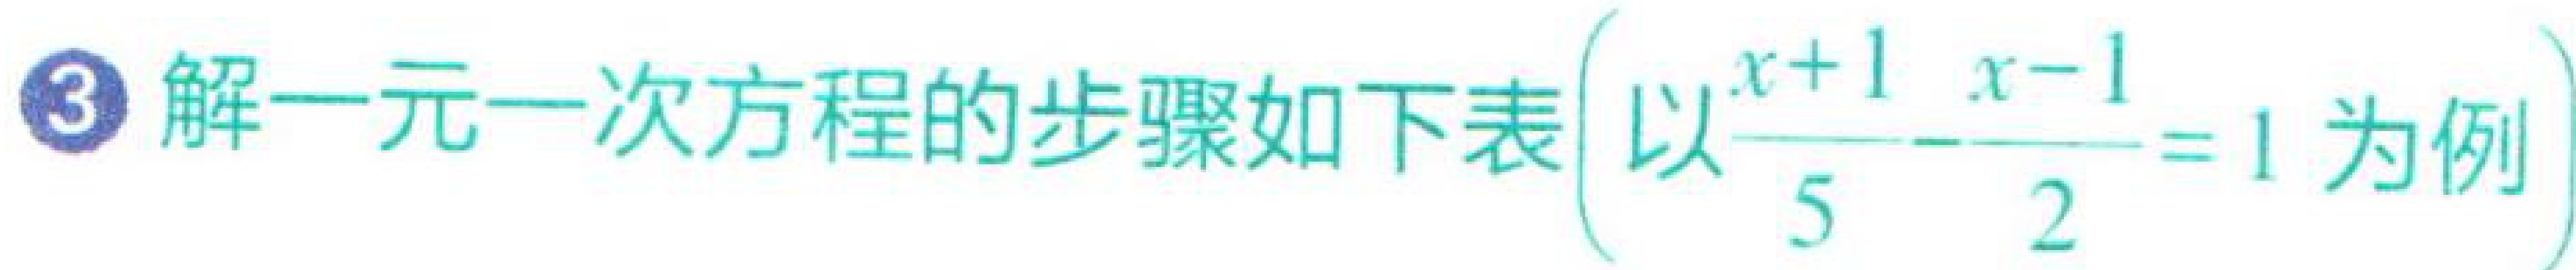
$3 解一元一次方程的步骤如下表(以\frac{x + 1}{5}-\frac{x - 1}{2}=1为例)$